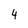
Character: 4